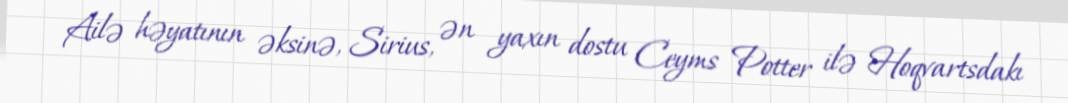
Ailə həyatının əksinə, Sirius, ən yaxın dostu Ceyms Potter ilə Hoqvartsdakı